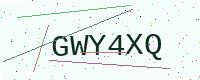
Text: GWY4XQ